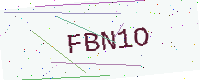
Text: FBN1O